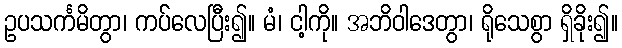
ဥပသင်္ကမိတွာ၊ ကပ်လေပြီး၍။ မံ၊ ငါ့ကို။ အဘိဝါဒေတွာ၊ ရိုသေစွာ ရှိခိုး၍။